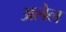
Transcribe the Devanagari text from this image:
अलेल